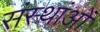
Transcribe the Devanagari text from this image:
संस्थांओं